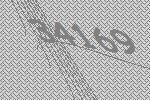
34169